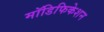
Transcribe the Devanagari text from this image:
मॉडिफिकेशन